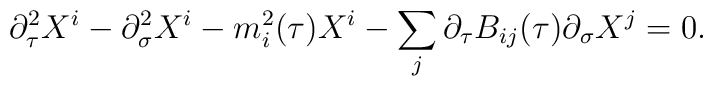
\partial^{2}_{\tau} X^{i} -\partial^{2}_{\sigma} X^{i} -m_{i}^{2}(\tau) X^{i} -\sum_{j}\partial_{\tau} B_{ij}(\tau)\partial_{\sigma} X^{j}=0.